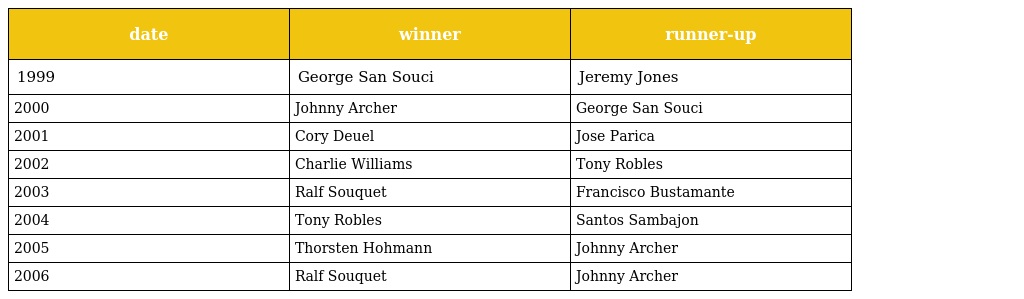
| date | winner | runner-up |
 | --- | --- | --- |
 | 1999 | George San Souci | Jeremy Jones |
 | 2000 | Johnny Archer | George San Souci |
 | 2001 | Cory Deuel | Jose Parica |
 | 2002 | Charlie Williams | Tony Robles |
 | 2003 | Ralf Souquet | Francisco Bustamante |
 | 2004 | Tony Robles | Santos Sambajon |
 | 2005 | Thorsten Hohmann | Johnny Archer |
 | 2006 | Ralf Souquet | Johnny Archer |